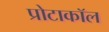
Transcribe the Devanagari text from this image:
प्रोटाकॉल